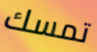
تمسك